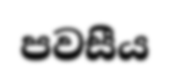
පවසීය